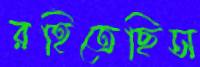
রহিতেছিস